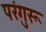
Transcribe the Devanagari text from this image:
परंगुरू